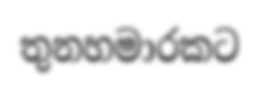
තුනහමාරකට